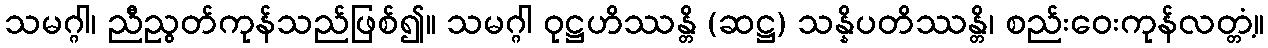
သမဂ္ဂါ၊ ညီညွတ်ကုန်သည်ဖြစ်၍။ သမဂ္ဂါ ဝုဋ္ဌဟိဿန္တိ (ဆဋ္ဌ) သန္နိပတိဿန္တိ၊ စည်းဝေးကုန်လတ္တံ့။